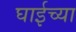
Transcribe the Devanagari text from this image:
घाईच्या